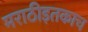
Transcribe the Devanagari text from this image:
मराठीइतकाच